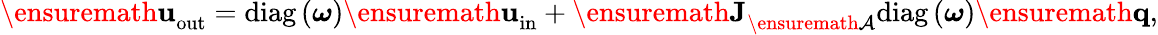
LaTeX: {\ensuremath{{\mathbf{u}}}}_{\mathrm{out}}=\mathrm{diag}\left(\boldsymbol{\omega}\right){\ensuremath{{\mathbf{u}}}}_{\mathrm{in}}+{\ensuremath{\mathbf{J}}}_{{\ensuremath{\mathcal{A}}}}\mathrm{diag}\left(\boldsymbol{\omega}\right){\ensuremath{{\mathbf{q}}}},